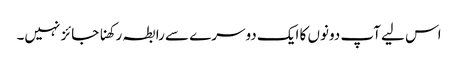
اس لیے آپ دونوں‌ کا ایک دوسرے سے رابطہ رکھنا جائز نہیں۔